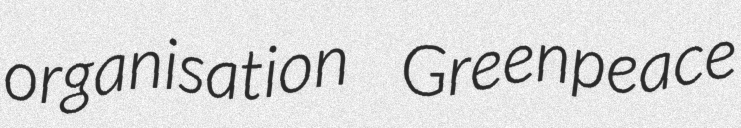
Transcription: organisation Greenpeace